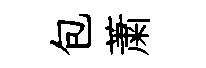
包䔥